Civil Veterinary Dept. Bombay admin report 1932-41 - 1932-1941
Year: 1932
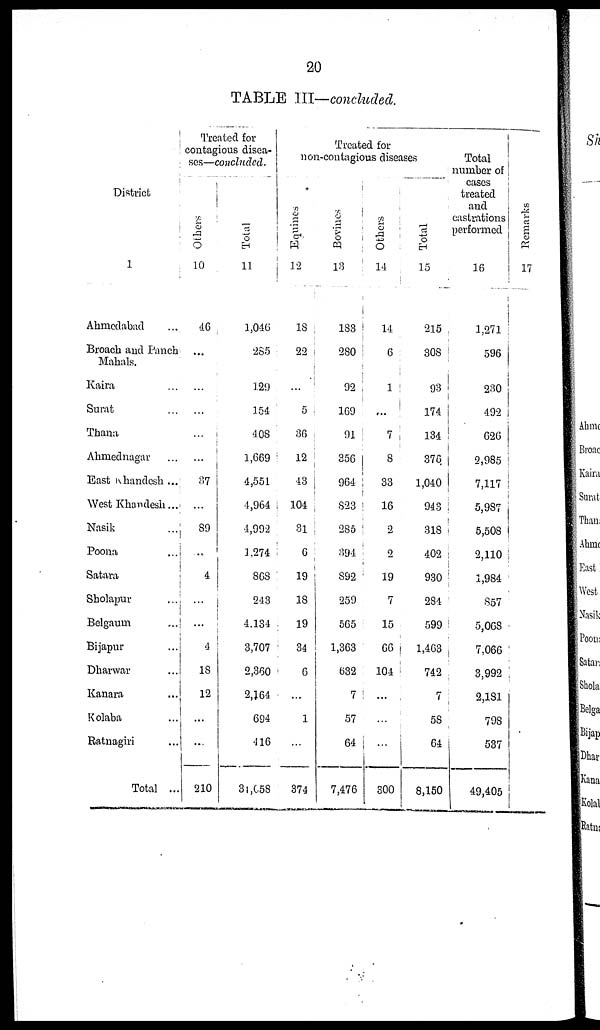
20
TABLE III—concluded.
District
1
Ahmedabad ...
Broach and Panch
Mahals.
Kaira ...
Surat ...
Thana
Ahmednagar ...
East Khandesh ...
West Khandesh...
Nasik ...
Poona ...
Satara ...
Sholapur ...
Belgaum ...
Bijapur ...
Dharwar ...
Kanara ...
Kolaba ...
Ratnagiri ...
Total ..
Treated for
contagious disea-
ses—concluded.
Others
10
46
...
...
...
...
...
37
...
89
...
4
...
...
4
18
12
...
...
210
Total
11
1,046
285
129
154
408
1,669
4,551
4,964
4,992
1,274
868
243
4.134
3,707
2,360
2,164
694
416
34,058
Treated for
non-contagious diseases
Equines
12
18
22
...
5
36
12
43
104
31
6
19
18
19
84
6
...
1
...
874
Bovines
13
183
280
92
169
91
356
964
823
285
394
892
259
565
1,363
632
7
57
64
7,476
Others
14
14
6
1
...
7
8
33
16
2
2
19
7
15
66
104
...
...
...
300
Total
15
215
308
93
174
134
376
1,040
943
318
402
930
284
599
1,463
742
7
58
64
8,150
Total
number of
cases
treated
and
castrations
performed
16
1,271
596
230
492
626
2,985
7,117
5,987
5,508
2,110
1,984
857
5,068
7,066
3,992
2,131
798
537
49,405
Re ma r
ks
17